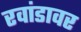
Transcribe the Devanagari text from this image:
रवांडावर